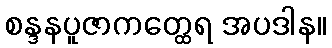
စန္ဒနပူဇာကတ္ထေရ အပဒါန။